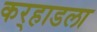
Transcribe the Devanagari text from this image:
कर्‍हाडला